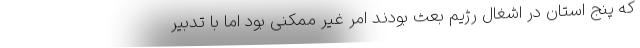
که پنج استان در اشغال رژیم بعث بودند امر غیر ممکنی بود اما با تدبیر